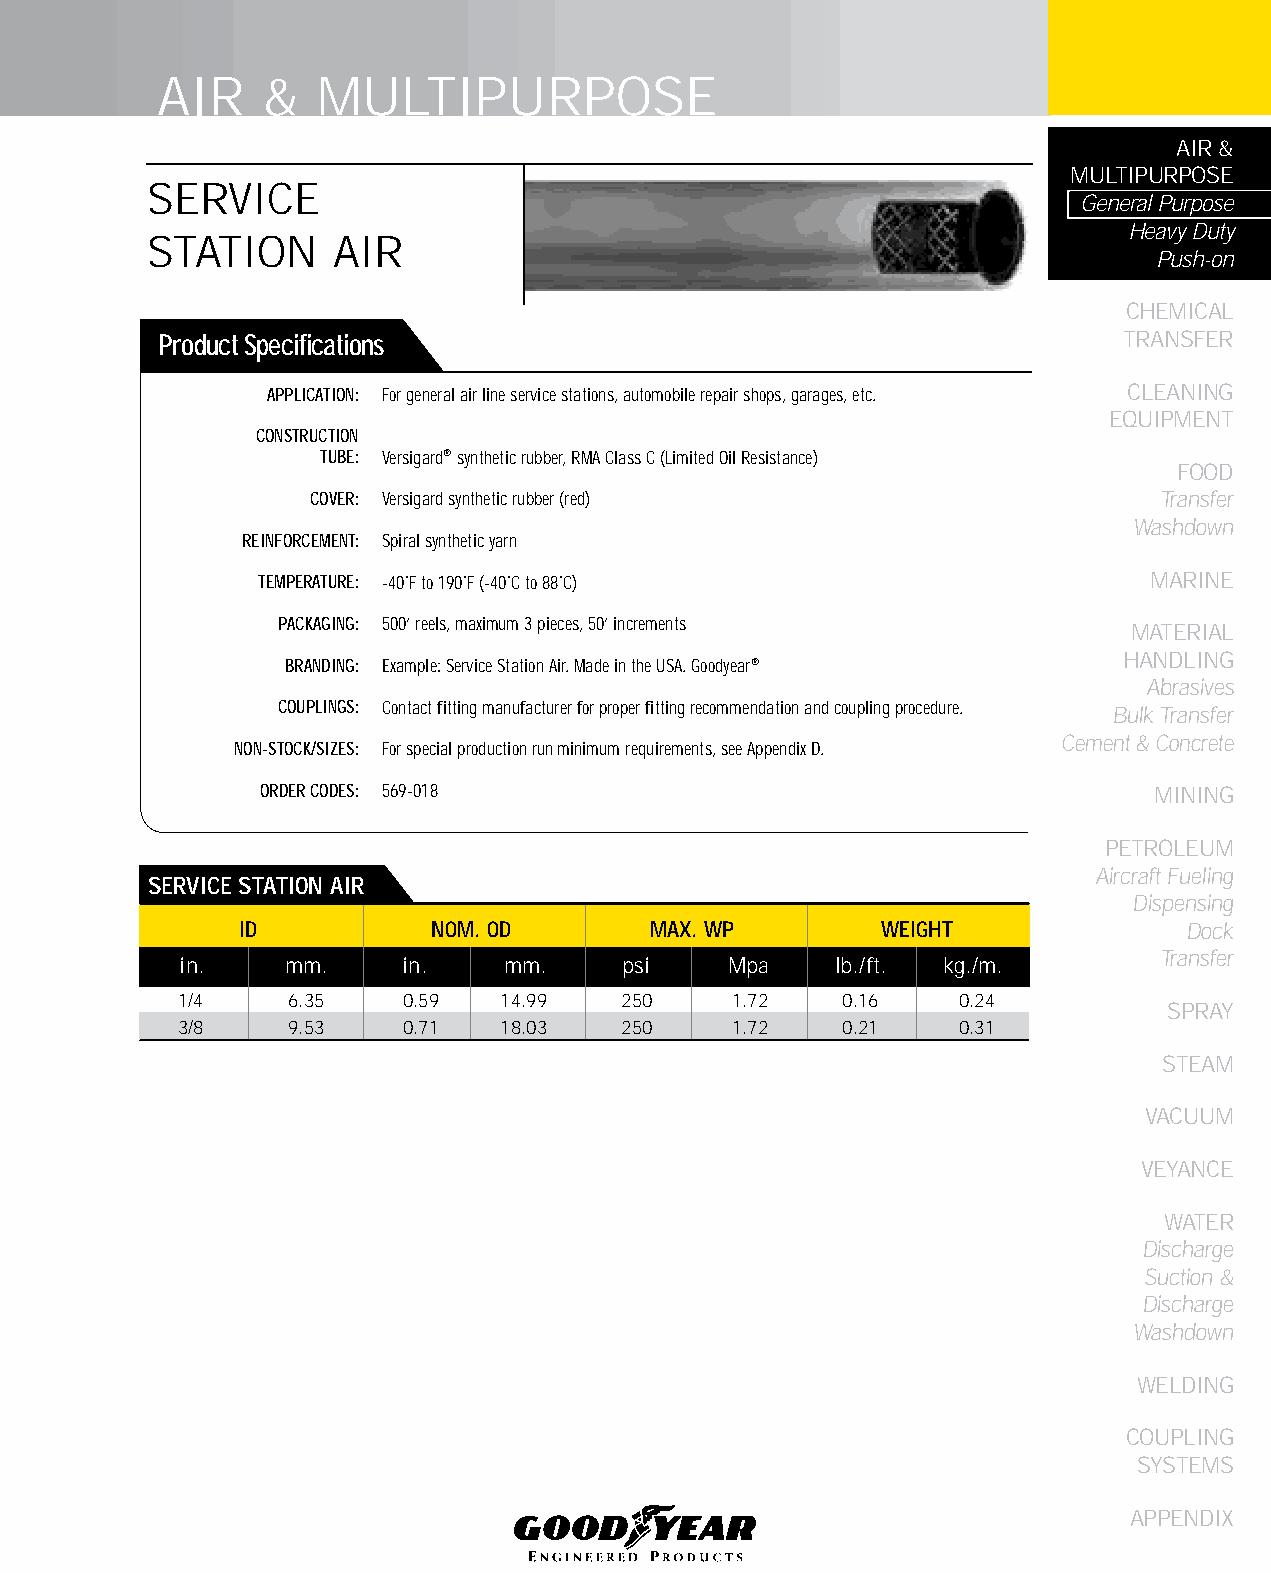
AIR    &   MULTIPURPOSE
 AIR &
 MULTIPURPOSE
 SERVICE
 General Purpose
 Heavy Duty
 STATION     AIR
 Push-on
 CHEMICAL
 Product Specifications                                         TRANSFER
 APPLICATION: For general air line service stations, automobile repair shops, garages, etc. CLEANING
 EqUIPMENT
 CONSTRUCTION
 TUBE: Versigard® synthetic rubber, RMA Class C (Limited Oil Resistance)
 FOOD
 COVER: Versigard synthetic rubber (red)                 Transfer
 Washdown
 REINFORCEMENT: Spiral synthetic yarn
 TEMPERATURE: -40˚F to 190˚F (-40˚C to 88˚C)                MARINE
 PACKAGING: 500’ reels, maximum 3 pieces, 50’ increments
 MATERIAL
 HANDLING
 BRANDING: Example: Service Station Air. Made in the USA. Goodyear®
 Abrasives
 COUPLINGS: Contact fitting manufacturer for proper fitting recommendation and coupling procedure. Bulk Transfer
 Cement & Concrete
 NON-STOCK/SIZES: For special production run minimum requirements, see Appendix D.
 ORDER CODES: 569-018                                       MINING
 PETROLEUM
 Aircraft Fueling
 SERVICE STATION AIR
 Dispensing
 ID           NOM. OD       MAX. WP        WEIGHT               Dock
 Transfer
 in.    mm.     in.   mm.     psi    Mpa    lb./ft. kg./m.
 1/4    6.35    0.59  14.99   250     1.72   0.16    0.24
 SPRAY
 3/8    9.53    0.71  18.03   250     1.72   0.21    0.31
 STEAM
 VACUUM
 VEYANCE
 WATER
 Discharge
 Suction &
 Discharge
 Washdown
 WELDING
 COUPLING
 SYSTEMS
 APPENDIX
 21